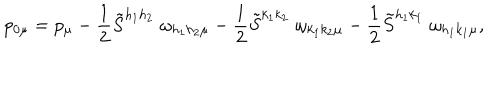
p _ { 0 \mu } = p _ { \mu } - \frac { 1 } { 2 } \tilde { S } ^ { h _ { 1 } h _ { 2 } } \; \omega _ { h _ { 1 } h _ { 2 } \mu } - \frac { 1 } { 2 } \tilde { S } ^ { k _ { 1 } k _ { 2 } } \; \omega _ { k _ { 1 } k _ { 2 } \mu } - \frac { 1 } { 2 } \tilde { S } ^ { h _ { 1 } k _ { 1 } } \; \omega _ { h _ { 1 } k _ { 1 } \mu } ,